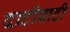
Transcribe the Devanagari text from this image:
दाटीवाटी